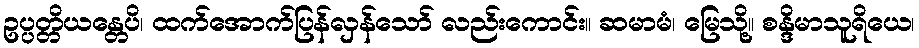
ဥပ္ပတ္တိယန္တေပိ၊ ထက်အောက်ပြန်လှန်သော် လည်းကောင်း။ ဆမာမံ၊ မြေသို့။ စန္ဒိမာသူရိယေ၊